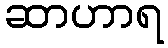
ဆာဟာရ